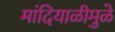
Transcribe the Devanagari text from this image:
मांदियाळीमुळे